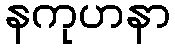
နကုဟနာ